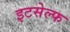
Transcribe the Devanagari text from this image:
इटसेल्फ